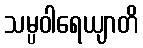
သမ္ပဝါရေယျာတိ